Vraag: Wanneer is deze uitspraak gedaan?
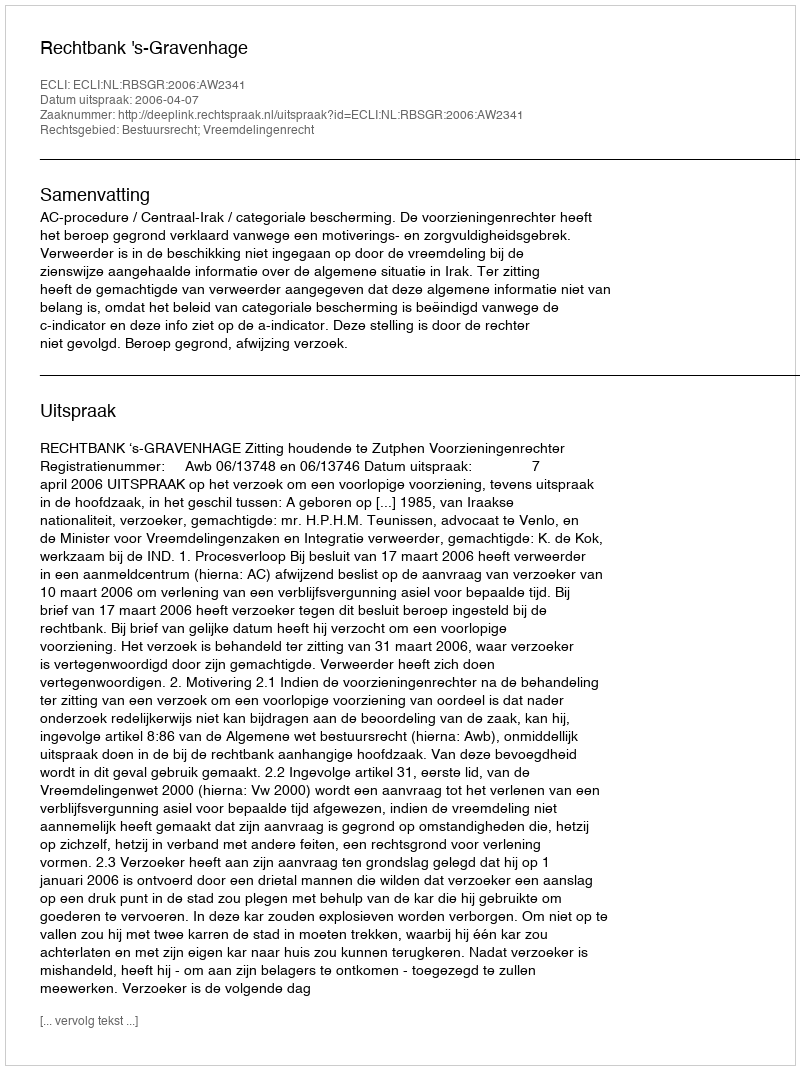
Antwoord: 2006-04-07